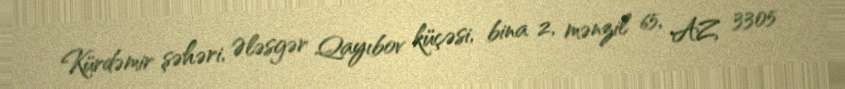
Kürdəmir şəhəri, Ələsgər Qayıbov küçəsi, bina 2, mənzil 65, AZ 3305